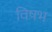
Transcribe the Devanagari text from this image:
विषभ